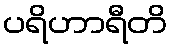
ပရိဟာရီတိ